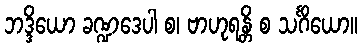
ဘဒ္ဒိယော ခဏ္ဍဒေပါ စ၊ ဗာဟုရန္တိ စ သင်္ဂိယော။